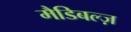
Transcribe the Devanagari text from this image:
मैडिबल्ज़